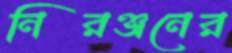
নিরঞ্জনের